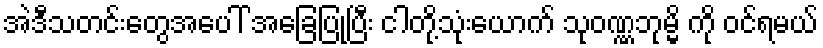
အဲဒီသတင်းတွေအပေါ် အခြေပြုပြီး ငါတို့သုံးယောက် သုဝဏ္ဏဘုမ္မိ ကို ဝင်ရမယ်